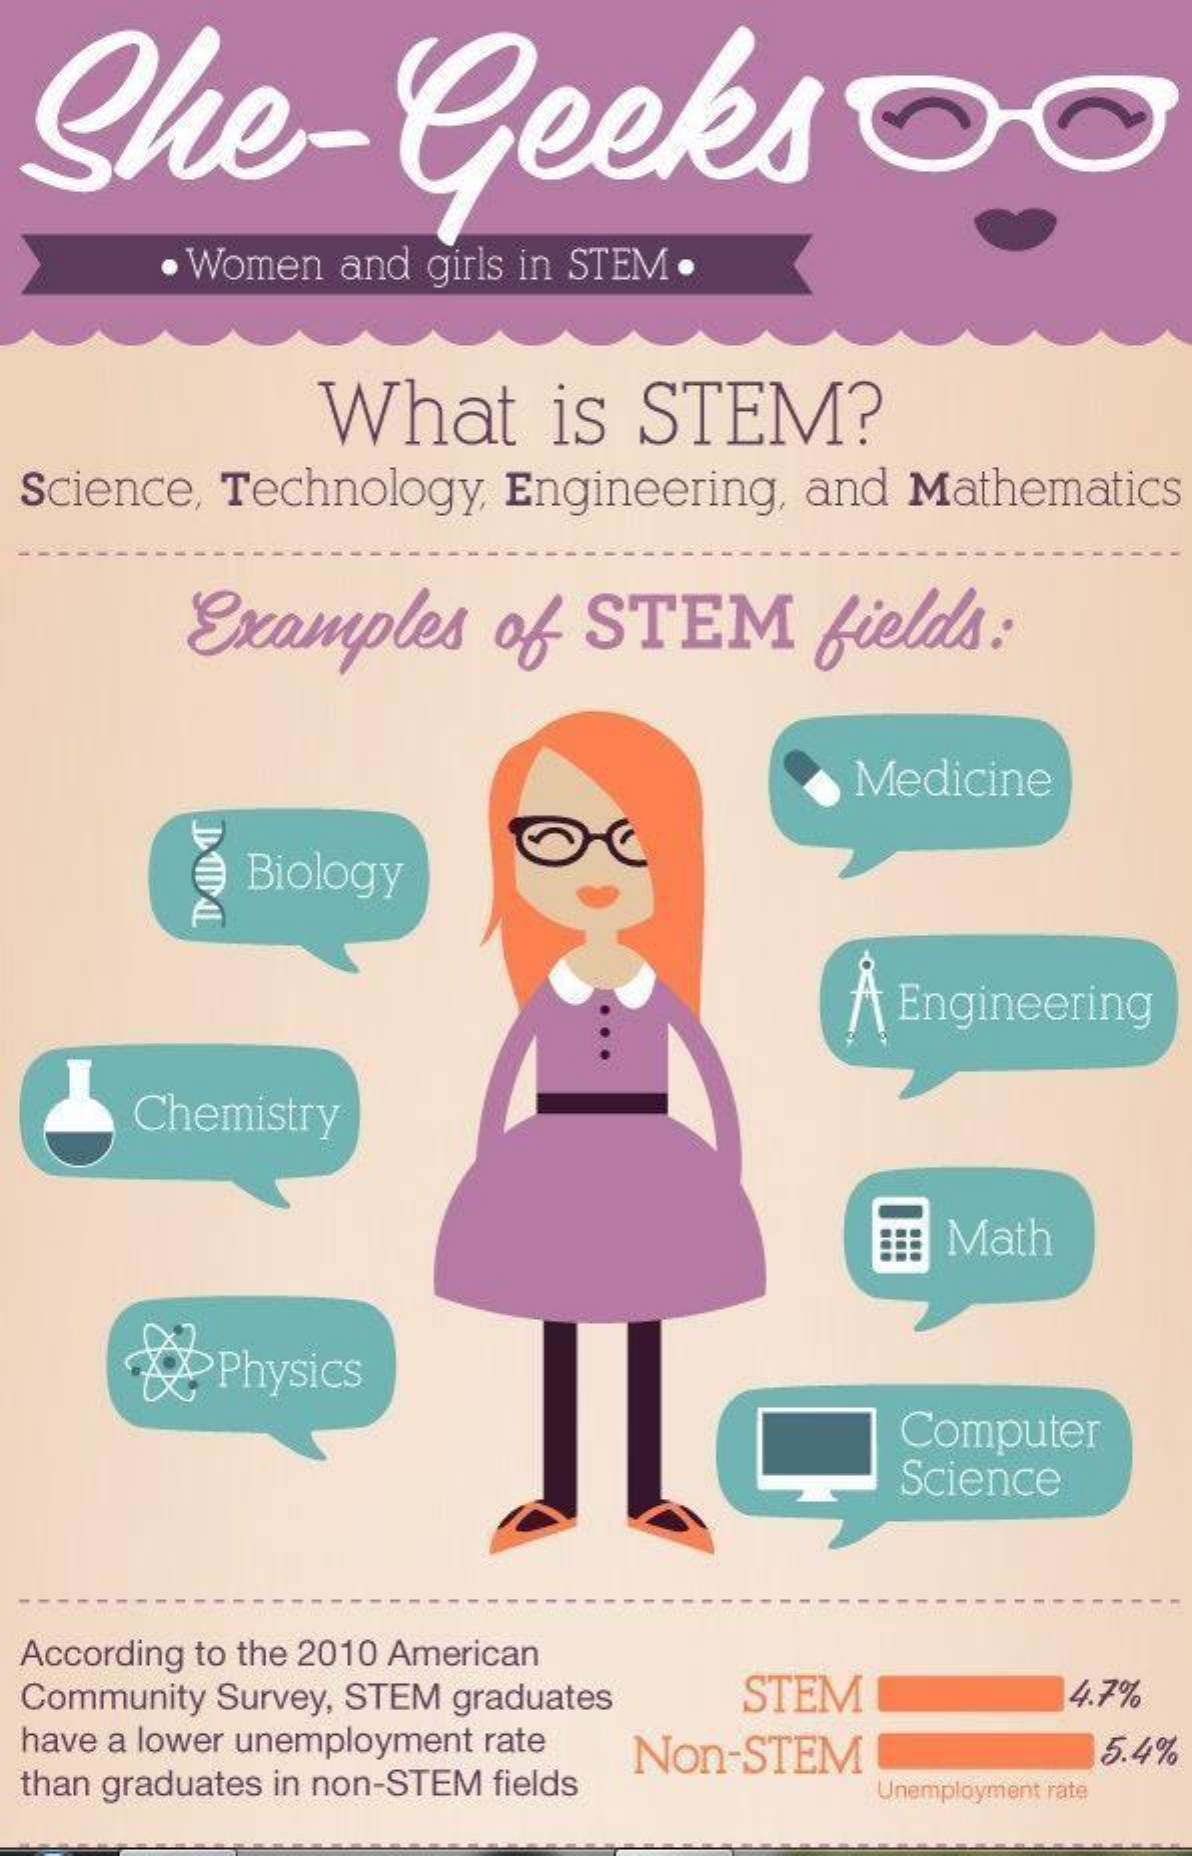
She-Geeks
     Women and girls in STEM .
     What    is  STEM?
  Science, Technology, Engineering, and Mathematics
     Examples    of  STEM    fields:
     Medicine
     Biology
     ÅEngineering
     Chemistry
     Math
     Physics
     Computer
     Science
  According to the 2010 American
  Community Survey, STEM graduates STEM    4.7%
  have a lower unemployment rate Non-STEM    5.4%
  than graduates in non-STEM fields  Unemployment rate